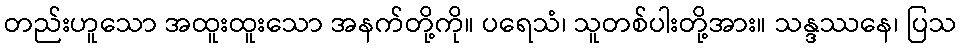
တည်းဟူသော အထူးထူးသော အနက်တို့ကို။ ပရေသံ၊ သူတစ်ပါးတို့အား။ သန္ဒဿနေ၊ ပြသ